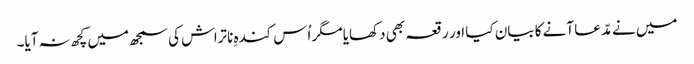
میں نے مدّعا آنے کا بیان کیا اور رقعہ بھی دکھایا مگر اُس کندہِ ناتراش کی سمجھ میں کچھ نہ آیا۔